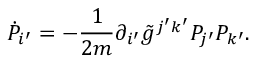
\dot { P } _ { i ^ { \prime } } = - \frac { 1 } { 2 m } \partial _ { i ^ { \prime } } \tilde { g } ^ { j ^ { \prime } k ^ { \prime } } P _ { j ^ { \prime } } P _ { k ^ { \prime } } .